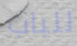
للباب